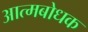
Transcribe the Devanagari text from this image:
आत्मबोधक